Report on plague and inoculation in the Punjab from October 1st ... to September 30th..., being the ... season of plague in the province
Disease focus: Plague
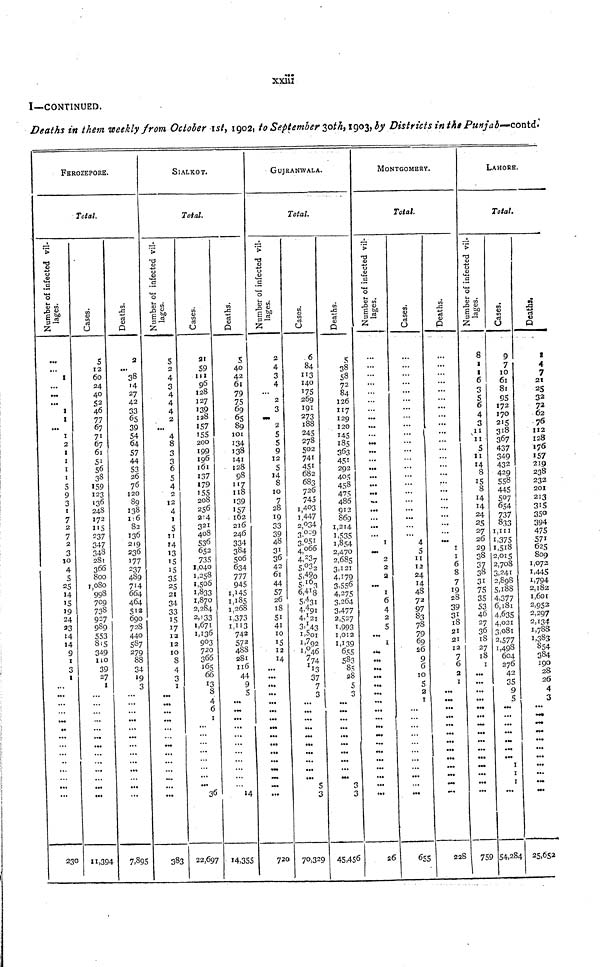
xxiii
I—CONTINUED.
Deaths in them weekly from October 1st, 1902, to September 30th, 1903, by Districts in the Punjab—contd.
FEROZEPORE.
Number of vil. lages.
...
...
1
...
...
... 1
1
... 1
2
1
1
1
1
5
9
3
1
7
2
7
2
3
10
4
5
25
14
15
19
24
23
14
14
9
1
3
1
...
...
...
...
...
...
...
...
...
...
...
...
...
...
230
Total.
cases.
5
12
60
24
40
52
46
77
67
71
67
61
51
56
38
159
123
136
248
172
115
237
347
348
281
366
800
1,080
998
709
738
927
989
553
815
349
110
39
27
1
...
...
...
...
...
...
...
...
...
...
...
...
...
11,394
Deaths.
2
...
38
14
27
42
33
65
39
54
64
57
44
53
26
76
120
89
138
106
82
136
219
236
177
237
489
714
664
464
512
690
728
440
587
279
88
34
19
3
...
...
...
...
...
...
...
...
...
...
...
...
...
7,895
SIALKOT.
Number of vil. lages.
5
2
4
3
4
4
4
2
...
4
8
3
3
6
5
4
2
12
4
1
5
11
14
13
15
15
35
25
21
34
33
15
17
12
12
10
8
4
3
1
...
...
...
...
...
...
...
...
...
...
...
...
...
383
Total.
Cases.
21
59
111
96
128
127
139
128
157
155
200
199
196
161
137
179
155
208
256
214
321
408
536
652
735
1,040
1,258
1,505
1,833
1,870
2,284
2,133
1,671
1,136
903
720
366
165
66
13
8
4
6
1
...
...
...
...
...
...
...
...
36
22,697
Deaths.
5
40
42
61
79
75
69
65
89
101
134
138
141
128
98
117
118
139
157
162
216
246
334
384
506
634
777
945
1,145
1,185
1,268
1,373
1,113
742
572
488
281
116
44
9
5
...
...
...
...
...
...
...
...
...
...
...
14
14,355
GUJRANWALA.
Number of vil. lages.
2
4
3
4
...
2
3
...
2
5
5
9
12
5
14
8
10
7
28
19
33
39
48
31
36
42
61
44
57
26
18
51
41
10
15
12
14
...
...
...
...
...
...
... ...
...
...
...
...
...
...
...
...
720
Total.
Cases.
6
84
113
140
175
269
191
273
188
245
278
502
741
451
682
683
726
745
1,403
1,447
2,034
3,029
3,051
4,066
4,237
5,032
5,490
5,163
6,418
5,431
4,491
4,121
3,143
I,501
1,792
1,046
774
113
37
7
3
...
...
...
...
...
...
...
...
...
...
5
3
70,329
Deaths.
5
38
58
72
84
126
117
129
120
145
185
363
451
293
405
458
475
486
912
869
1,214
1,535
1,854
2,470
2,685
3,121
4,179
3,556
4,275
3,264
3,477
2,527
1,993
1,012
1,139
655
583
85
28
5
3
...
...
...
...
...
...
...
...
...
...
3
3
45,456
MONTGOMERY.
Number of vil. lages
...
...
...
...
...
...
...
...
...
...
...
...
...
...
...
...
...
...
...
...
...
...
1
...
2
2
2
...
1
6
4
2
5
...
1
...
...
...
...
...
...
...
...
...
...
...
...
...
...
...
...
...
...
26
Total.
Cases.
...
...
...
...
...
...
...
...
...
...
...
...
...
...
...
...
...
...
...
...
4
5
11
12
24
14
48
72
97
83
78
79
69
26
9
6
10
5
2
1
...
...
...
...
...
...
...
...
...
...
...
3 655
Deaths.
...
...
...
...
...
...
...
...
...
...
...
...
...
...
...
...
...
...
...
...
...
...
...
1
1
6
8
7
19
28
39
31
18
21
21
12
7
6
2
1
...
...
...
...
...
...
...
...
...
...
...
...
...
228
Number of vil. lages.
8
1
1
6
3
5
6
4
3
11
11
5
11
14
8
15
8
14
14
24
25
27
26
29
38
37
38
31
75
35
53
46
27
36
18
27
18
1
...
...
...
...
...
... ...
...
...
...
...
...
...
...
...
75
LAHORE.
Cases.
9
7
10
61
81
95
172
170
215
318
367
437
349
432
429
558
445
507
654
737
833
1,111
1,375
1,518
2,015
2,708
3,241
2,898
5,188
4,377
6,181
4,635
4,021
3,081
2,577
1,493
604
276
42
35
9
5
...
...
...
...
...
...
...
1
1
1
...
5 54,284
Deaths.
1
4
7
21
25
32
72
62
76
112
128
176
157
219
238
232
201
213
315
350
394
475
571
625
809
1,072
1,445
1,794
2,182
1,601
2,952
2,297
2,134
1,788
1,383
854
384
190
28
26
4
3
...
...
...
...
...
...
...
...
...
...
...
25,652